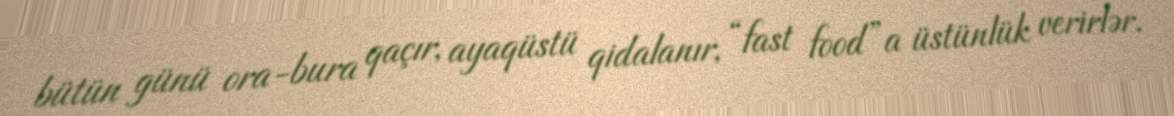
bütün günü ora-bura qaçır, ayaqüstü qidalanır, “fast food”a üstünlük verirlər.